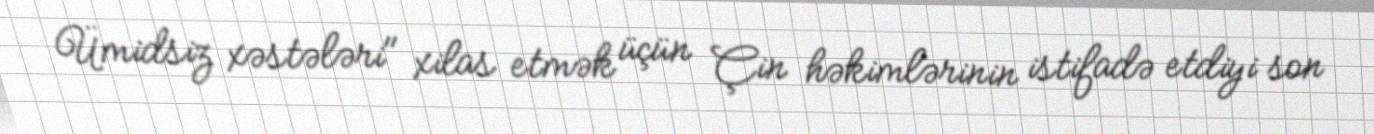
Ümidsiz xəstələri" xilas etmək üçün Çin həkimlərinin istifadə etdiyi son